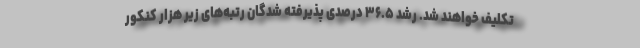
تکلیف خواهند شد. رشد ۳۶.۵ درصدی پذیرفته شدگان رتبه‌های زیر هزار کنکور